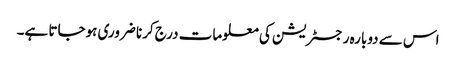
اس سے دوبارہ رجسٹریشن کی معلومات درج کرنا ضروری ہوجاتا ہے۔